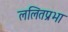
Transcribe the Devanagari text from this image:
ललितप्रभा